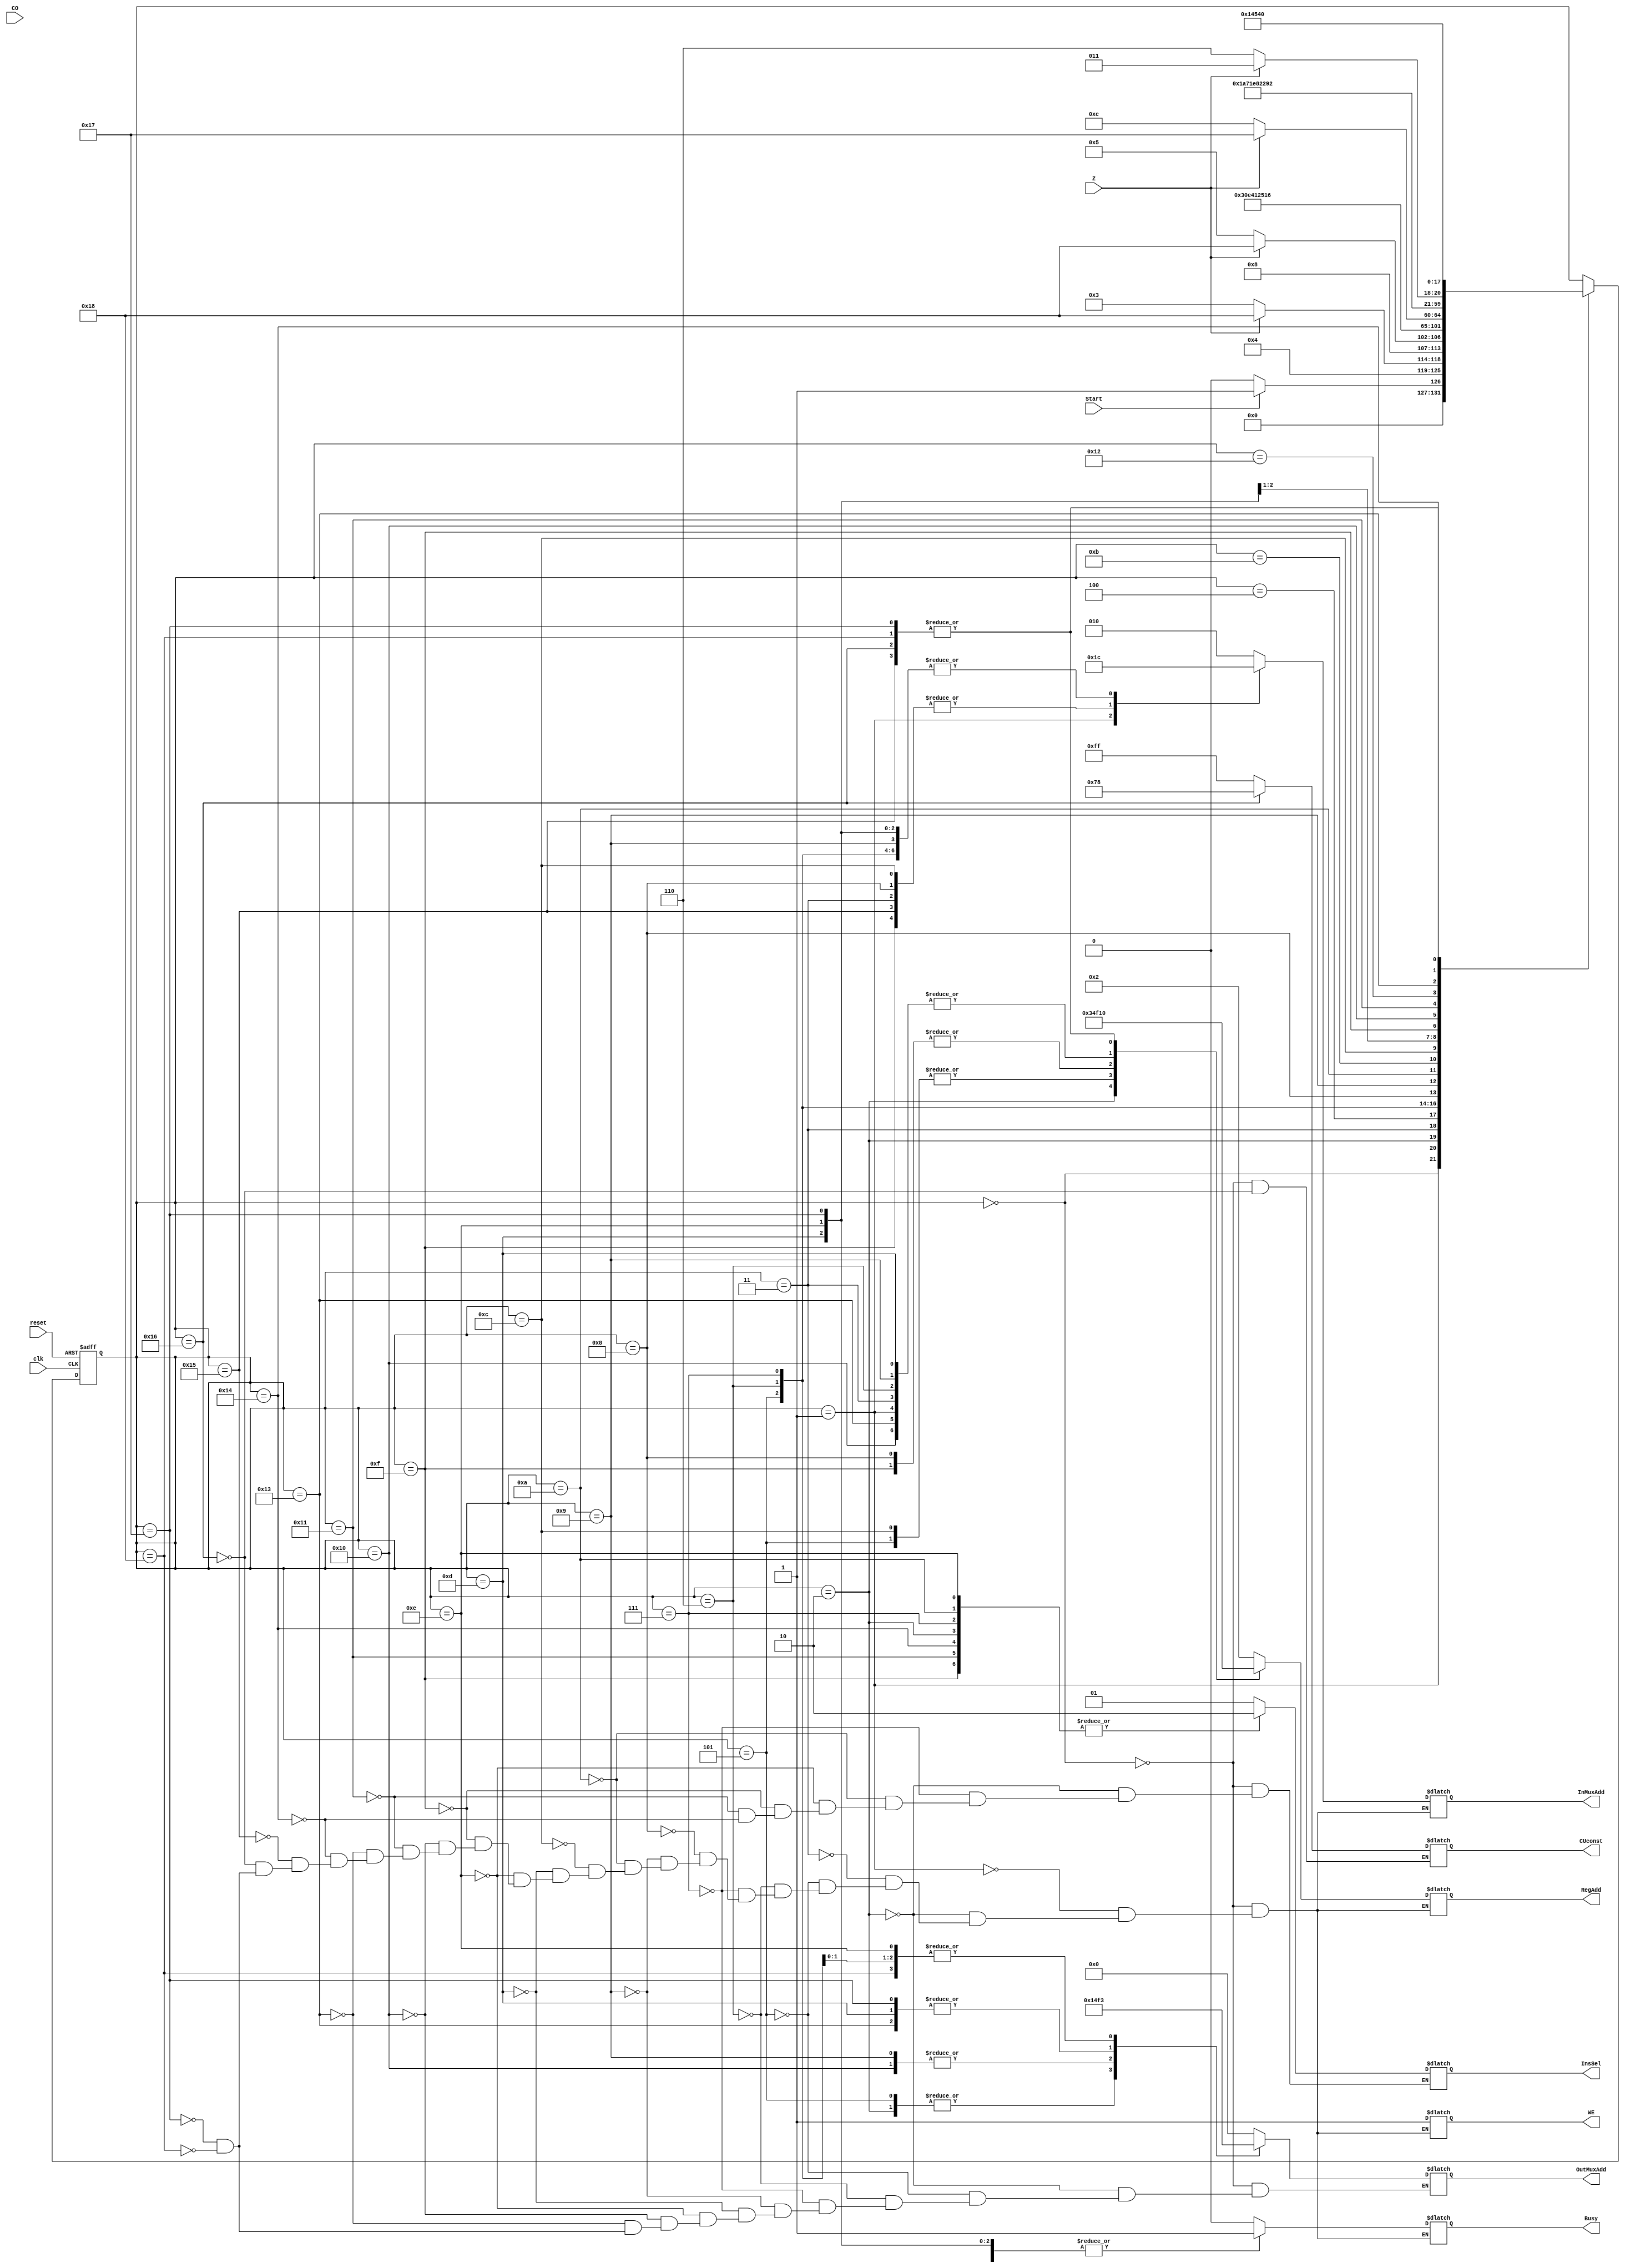
`timescale 1ns / 1ps

module CU(
    input clk,
    input reset,
    input Start,
    (* DONT_TOUCH="TRUE"*) output reg Busy,
    (* DONT_TOUCH="TRUE"*) output reg [1:0] InsSel,
    input CO,
    input Z,
    (* DONT_TOUCH="TRUE"*) output reg WE,
    (* DONT_TOUCH="TRUE"*) output reg [3:0] RegAdd,
    (* DONT_TOUCH="TRUE"*) output reg [3:0] OutMuxAdd,
    (* DONT_TOUCH="TRUE"*) output reg [2:0] InMuxAdd,
    (* DONT_TOUCH="TRUE"*) output reg [7:0] CUconst
    );
    
    reg [5:0] current_state, state_next;

    localparam INIT = 5'd0,
        S1 = 5'd1,
        S2 = 5'd2,
        S3 = 5'd3,
        S4 = 5'd4,
        S5 = 5'd5,
        S6 = 5'd6,
        S7 = 5'd7,
        S8 = 5'd8,
        S9 = 5'd9,
        S10 = 5'd10,
        S11 = 5'd11,
        S12 = 5'd12,
        S13 = 5'd13,
        S14 = 5'd14,
        S15 = 5'd15,
        S16 = 5'd16,
        S17 = 5'd17,
        S18 = 5'd18,
        S19 = 5'd19,
        S20 = 5'd20,
        S21 = 5'd21,
        S22 = 5'd22,
        S23 = 5'd23,
        S24 = 5'd24;

    initial 
    begin
    current_state<=INIT;
    CUconst<=8'b1111_1111;
    end           
            
    always@(posedge clk, posedge reset)
    begin
        if(reset)
            current_state<=INIT;
        else
            current_state<=state_next;
    end 




    always@(*)
    begin
        state_next<=current_state;
        case(current_state)
            //Ilk durumumuz burasdr. lemler bittikten sonra
            //bu blme gelinir.Start'n bire eit olmas ile 
            //bu blmden klr.(-1) says 2.rege bu ksmda
            //yazlr
            INIT: begin
                InMuxAdd<=3'd2;
                OutMuxAdd<=4'd0;
                RegAdd<=4'd2;  
                WE<=1;
                CUconst<=8'b1111_1111; 
                Busy<=0;
                InsSel<=2'd1;
                if(Start)
                    state_next<=S1; 
                else
                    state_next<=INIT;
            end
            //Girilen A says bu ksnda 1. rege yazlr
            S1:begin
                InMuxAdd<=3'd0;
                RegAdd<=4'd1;
                WE<=1;
                Busy<=1;
                state_next<=S2;
            end
            //A'nn kopyas 3. rege yazlr.Bu state'de A saysndan
            //1 kartlr ve A'nn bire eit olup olmad belirlenir.
            //A bire eitse birin sonucunu verecek S24'e geilir. 
            S2:begin
                OutMuxAdd<=4'd1;
                InMuxAdd<=3'd4;
                RegAdd<=4'd3;
                WE<=1;
                Busy<=1;
                InsSel<=2'd2;
                if(Z==0)                                         
                      state_next<=S3;
                else
                      state_next<=S24;                       
            end
            //Bu kmda bir kez daha birden karma yaplr.   
            S3:begin
                InMuxAdd<=3'd3;
                RegAdd<=4'd1;
                WE<=1;
                Busy<=1;
                state_next<=S4;               
            end
            //ki defa saymzdan bir kartldktan sonra saymzn 2 olup
            //olmadna karar verilir. Saymz 2 ise sonuc almak iin
            //S24'e gidilir. Deilse ilemler devam etmek zere S5'e geilir.       
            S4:begin
                if(Z==0)
                    state_next<=S5; 
                else                        
                    state_next<=S24;                                
            end
            //kardmz deerler saya olarak tutulmak zere 4. rege yazlr.
            //arpma ilemini ALU'da taplama ilemimiz olduu iin toplama 
            //eklinde gerekletircez
            S5:begin
                OutMuxAdd<=4'd1;
                InMuxAdd<=3'd4;
                RegAdd<=4'd4;
                WE<=1;
                Busy<=1;
                state_next<=S6;
            end
            //A saymz 1. rege yazdk
            S6:begin
                WE<=0;
                OutMuxAdd<=4'd3;                    
                InMuxAdd<=3'd4;
                RegAdd<=4'd1; 
                WE<=1;
                Busy<=1;
                state_next<=S7;
            end
            //Ayn A saymz 2. rege yazdk ve iki adet A saymz
            //toplayara (A+A) ilemini bulduk.         
            S7:begin                    
                OutMuxAdd<=4'd3;
                InMuxAdd<=3'd4;
                RegAdd<=4'd2;
                WE<=1;
                Busy<=1;
                InsSel<=2'd2;
                state_next<=S8;
            end   
            //(A+A) ileminin sonucunu 15. rege yazdk.
            S8:begin                    
                InMuxAdd<=3'd3;
                RegAdd<=4'd15; 
                WE<=1;
                Busy<=1;                                                  
                state_next<=S9;
            end   
            //Sayacmz kontrol etmek zere 1. rege yazdk.          
            S9:begin
                OutMuxAdd<=4'd4;
                InMuxAdd<=3'd4;
                RegAdd<=4'd1; 
                WE<=1;
                Busy<=1;              
                state_next<=S10;
            end 
            //Sayacmz kotrol etmek iin (-1) saysn 2. rege yazdk
            //ve sayacmzla topladk            
            S10: begin
                InMuxAdd<=3'd2;
                RegAdd<=4'd2; 
                WE<=1;
                Busy<=1;
                InsSel<=2'd2;
                state_next<=S11;
            end 
            //Sonu sfr ktysa saymz 3'tr. Saymz 3 ise ilemin
            //sonucunu almak zere S23'e getik, deilse ilemleri devam
            //ettirmek zere S12'ye getik.    
            S11:begin
                if(Z==0)
                    state_next<=S12;         
                else
                    state_next<=S23;  
            end
            //Yeni sayacmz 4. rege yeniden yazdk
            S12:begin
                InMuxAdd<=3'd3;
                RegAdd<=4'd4;  
                WE<=1;
                Busy<=1;                              
                state_next<=S13;
            end
            //(A+A) saysn 1.rege yazdk
            S13:begin
                OutMuxAdd<=4'd15;
                InMuxAdd<=3'd4;
                RegAdd<=4'd1;   
                WE<=1;
                Busy<=1;    
                state_next<=S14;
            end
            //A saysn 2. rege yazdk ve (A+A) saysyla topladk.         
            S14:begin                
                OutMuxAdd<=4'd3;
                InMuxAdd<=3'd4;
                RegAdd<=4'd2; 
                WE<=1;
                Busy<=1; 
                InsSel<=2'd2;             
                state_next<=S15;
            end  
            //(A+A+A) saysn 15. rege yazdk 
            S15: begin
                InMuxAdd<=3'd3;
                RegAdd<=4'd15; 
                Busy<=1;
                WE<=1;
                InsSel<=2'd2;
                state_next<=S16;      
            end  
            //Sayac kontrol etmek iin 1. rege yazdk          
            S16: begin
                OutMuxAdd<=4'd4;
                InMuxAdd<=3'd4;
                RegAdd<=4'd1; 
                WE<=1;
                Busy<=1;                                                  
                state_next<=S17;
            end 
            //Sayac kontrol etmek iin 2. rege (-1) yazdk ve sayala
            //topladk.  
            S17:begin      
                InMuxAdd<=3'd2;
                RegAdd<=4'd2; 
                WE<=1;
                Busy<=1;
                InsSel<=2'd2;              
                state_next<=S18;
            end   
            //Saya kontrol ileminin sonucu 0 ise saymzn
            //4 olduunu bulduk ve ilemlerini yapmak zere
            //S19'a getik. Eer saymz 5 ise S22'ye ilemleri
            //yapmaya getik           
            S18:begin
                if(Z==1)
                    state_next<=S19;                 
                else
                    state_next<=S22;    
            end
            //4! ilemi iin 4*3 ilemini nceki statelerde
            //yapmtk. bu ksmda bulduumuz sonucu 2 ile arpmak
            //kald. Bunun iin bulduumuz sonucu kendisiyle toplamamak
            //zere 1. ve 2. rege yazyoruz
            S19: begin
                OutMuxAdd<=4'd15;
                InMuxAdd<=3'd4;
                RegAdd<=4'd1; 
                WE<=1;
                Busy<=1;
                state_next<=S20;
            end     
            S20: begin   
                InMuxAdd<=3'd4;
                RegAdd<=4'd2; 
                WE<=1;
                Busy<=1;   
                InsSel<=2'd2; 
                state_next<=S21;
            end
            //Bu noktada 4! ileminin tm admlar gerekletirildi. Sonucu
            //yazmak iin sonu reg0 a gnderildi ve sonrasnda initial stateimiz
            //olan INIT durumuna geti.         
            S21: begin  
                InMuxAdd<=3'd3;
                RegAdd<=4'd0;
                WE<=1;
                Busy<=1;
                state_next<=INIT; 
            end
            //Bu noktada 5! ileminin tm admlar gerekletirildi. Sonucu
            //yazmak iin sonu reg0 a gnderildi ve sonrasnda initial stateimiz
            //olan INIT durumuna geti.               
            S22: begin
                CUconst <= 120;                               
                InMuxAdd<=3'd2;
                RegAdd<=4'd0; 
                WE<=1;
                Busy<=1;
                state_next<=INIT;      
            end
            //Bu noktada 3! ileminin tm admlar gerekletirildi. Sonucu
            //yazmak iin sonu reg0 a gnderildi ve sonrasnda initial stateimiz
            //olan INIT durumuna geti.                          
            S23: begin
                OutMuxAdd<=4'd15;
                InMuxAdd<=3'd4;
                RegAdd<=4'd0;                 
                WE<=1;          
                Busy<=1;                                                  
                state_next<=INIT;
            end 
            //Bu noktada 1! ve ya 2! ileminin tm admlar gerekletirildi. Sonucu
            //yazmak iin sonu reg0 a gnderildi ve sonrasnda initial stateimiz
            //olan INIT durumuna geti.                  
            S24:begin
                OutMuxAdd<=4'd3;
                InMuxAdd<=3'd4; 
                RegAdd<=4'd0;
                WE<=1;
                Busy<=1;
                state_next<=INIT;
            end    
                                                                  
        endcase
    end         
endmodule